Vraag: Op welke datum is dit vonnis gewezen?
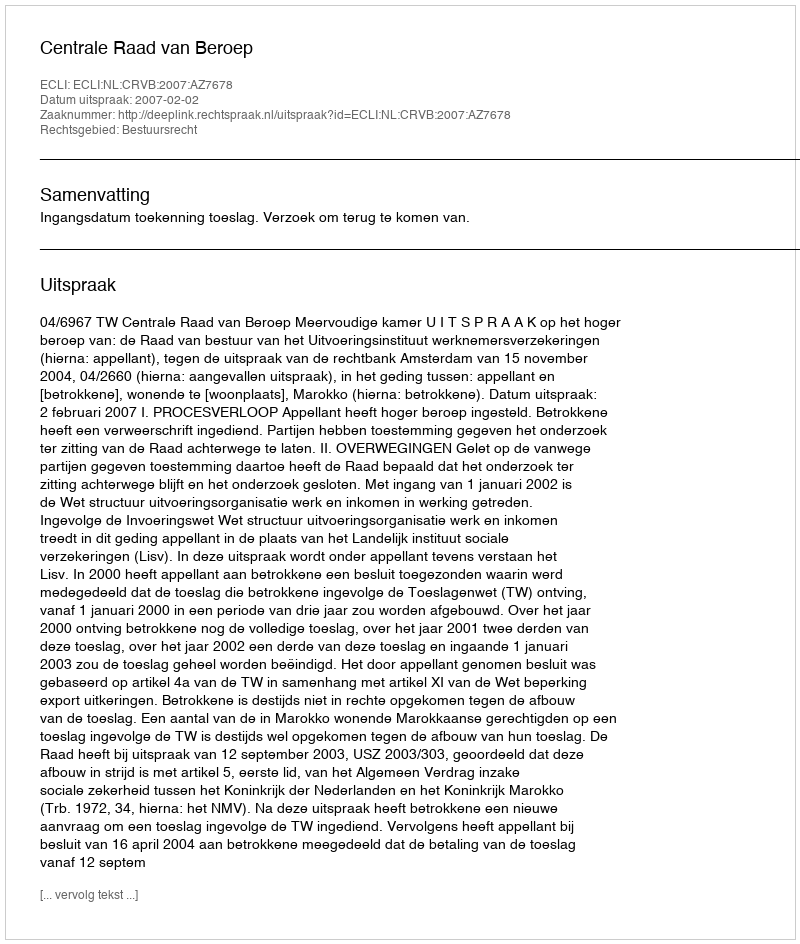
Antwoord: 2007-02-02